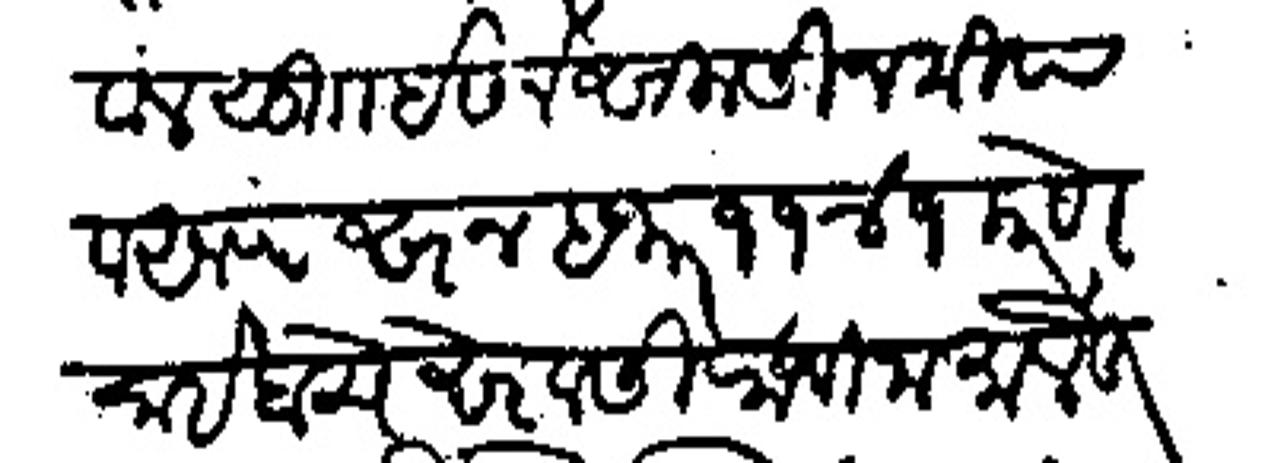
Transliteration (Devanagari): मावल सु  इसने सलासीन मयाव आलफ सन हजार ११४१ कारणे साईबाचे सेवेसी राजीनामा लेहून